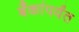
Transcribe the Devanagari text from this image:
बँकांपर्यंत